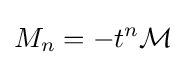
M_{n}=-t^{n}{\cal {M}}